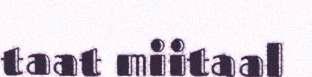
taat miitaal